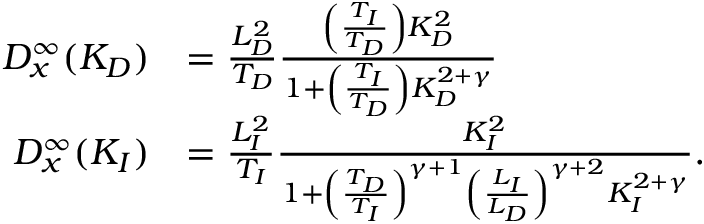
\begin{array} { r l } { D _ { x } ^ { \infty } ( K _ { D } ) } & { = \frac { L _ { D } ^ { 2 } } { T _ { D } } \frac { \left( \frac { T _ { I } } { T _ { D } } \right) K _ { D } ^ { 2 } } { 1 + \left( \frac { T _ { I } } { T _ { D } } \right) K _ { D } ^ { 2 + \gamma } } } \\ { D _ { x } ^ { \infty } ( K _ { I } ) } & { = \frac { L _ { I } ^ { 2 } } { T _ { I } } \frac { K _ { I } ^ { 2 } } { 1 + \left( \frac { T _ { D } } { T _ { I } } \right) ^ { \gamma + 1 } \left( \frac { L _ { I } } { L _ { D } } \right) ^ { \gamma + 2 } K _ { I } ^ { 2 + \gamma } } . } \end{array}